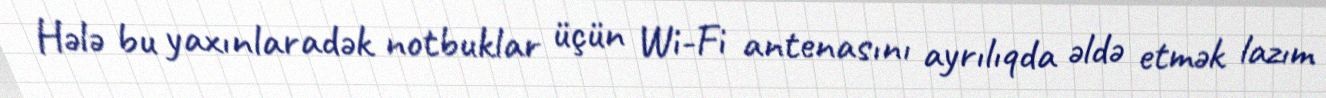
Hələ bu yaxınlaradək notbuklar üçün Wi-Fi antenasını ayrılıqda əldə etmək lazım